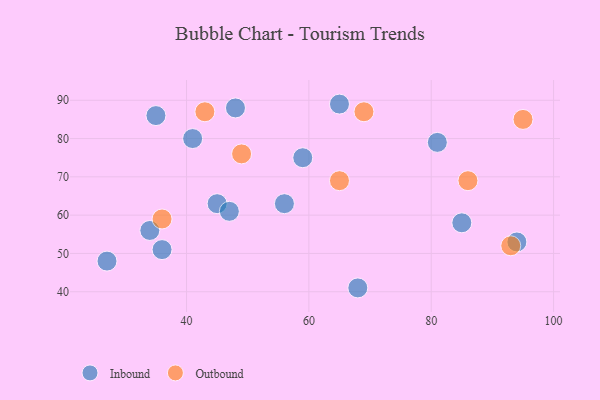
{"axis": {"x": "GDP", "y": "Life Expectancy"}, "legend": ["Inbound", "Outbound"], "data": [{"x": "68", "y": 41, "type": "Inbound"}, {"x": "48", "y": 88, "type": "Inbound"}, {"x": "85", "y": 58, "type": "Inbound"}, {"x": "36", "y": 51, "type": "Inbound"}, {"x": "35", "y": 86, "type": "Inbound"}, {"x": "45", "y": 63, "type": "Inbound"}, {"x": "81", "y": 79, "type": "Inbound"}, {"x": "27", "y": 48, "type": "Inbound"}, {"x": "59", "y": 75, "type": "Inbound"}, {"x": "47", "y": 61, "type": "Inbound"}, {"x": "94", "y": 53, "type": "Inbound"}, {"x": "56", "y": 63, "type": "Inbound"}, {"x": "41", "y": 80, "type": "Inbound"}, {"x": "34", "y": 56, "type": "Inbound"}, {"x": "65", "y": 89, "type": "Inbound"}, {"x": "43", "y": 87, "type": "Outbound"}, {"x": "65", "y": 69, "type": "Outbound"}, {"x": "93", "y": 52, "type": "Outbound"}, {"x": "49", "y": 76, "type": "Outbound"}, {"x": "36", "y": 59, "type": "Outbound"}, {"x": "86", "y": 69, "type": "Outbound"}, {"x": "69", "y": 87, "type": "Outbound"}, {"x": "95", "y": 85, "type": "Outbound"}]}